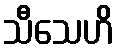
သီသေဟိ